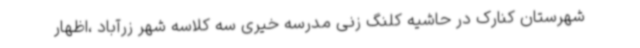
شهرستان کنارک در حاشیه کلنگ‌ زنی مدرسه خیری سه کلاسه شهر زرآباد ،اظهار